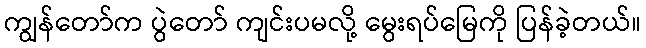
ကျွန်တော်က ပွဲတော် ကျင်းပမလို့ မွေးရပ်မြေကို ပြန်ခဲ့တယ်။